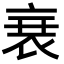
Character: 𮕩